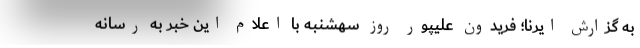
به گزارش ایرنا؛ فریدون علیپور روز سهشنبه با اعلام این خبر به رسانه